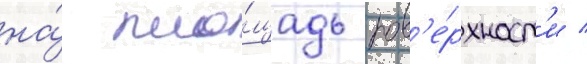
на́ пло́щадь пов'е́рхност'и /